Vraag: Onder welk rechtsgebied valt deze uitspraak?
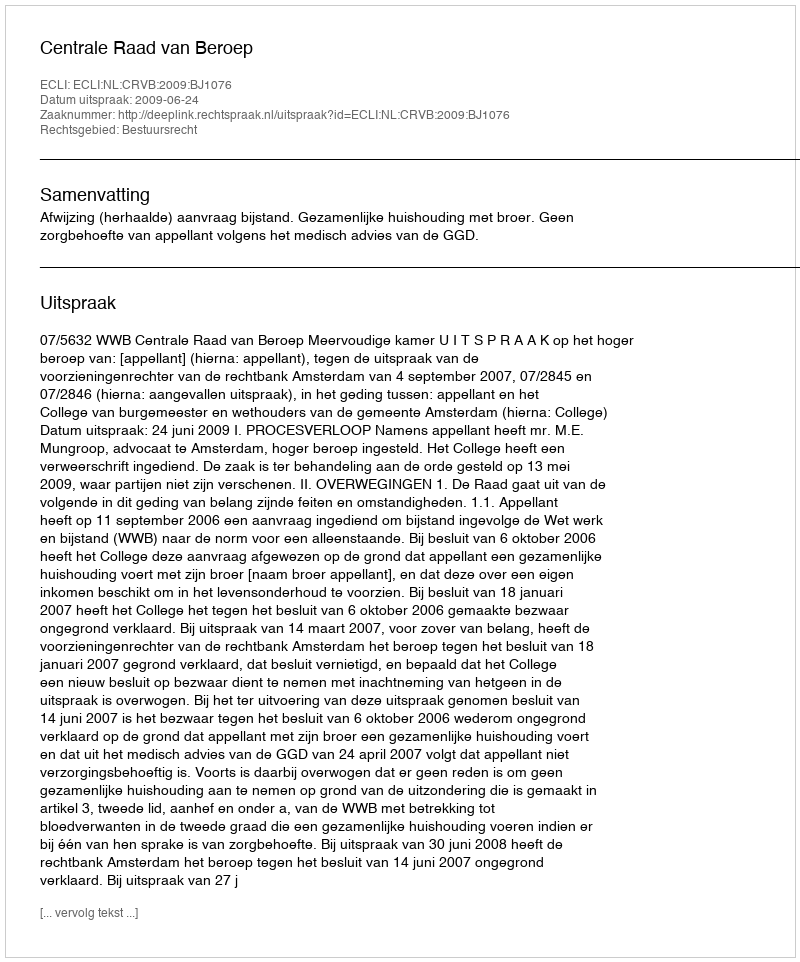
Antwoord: Bestuursrecht